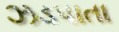
ઝડપાતા